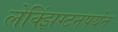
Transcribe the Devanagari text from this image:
लेक्झिंग्टनपर्यंत